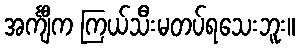
အင်္ကျီက ကြယ်သီးမတပ်ရသေးဘူး။